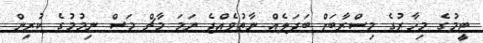
ޓީމުގެ މިހާރުގެ މިސްރާބަށް ބަދަލެއް ނާތުވެއްޖެ ނަމަ މާޗް މަސް ނިމުމުގެ ކުރިން